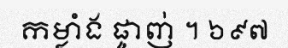
កម្លាំង ផ្ចាញ់ ។ ៦៩៧